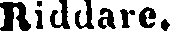
Riddare.